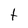
Character: t